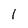
Character: 1